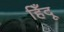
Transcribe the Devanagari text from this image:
हिँदू